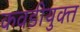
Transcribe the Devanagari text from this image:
कवडीयुक्‍त